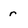
Character: r